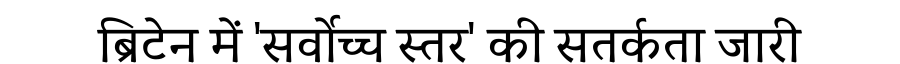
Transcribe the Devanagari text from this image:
ब्रिटेन में 'सर्वोच्च स्तर' की सतर्कता जारी